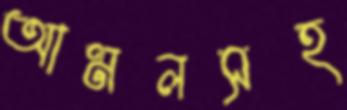
আমলসহ